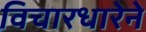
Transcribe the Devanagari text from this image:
विचारधारेने